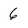
Character: 6